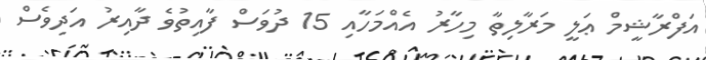
އަފްރާޝީމް ޢަލީ މަރާލިތާ މިހާރު އެއްމަހާއި 15 ދުވަސް ފާއިތުވެ ދާއިރު އަދިވެސް